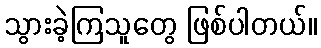
သွားခဲ့ကြသူတွေ ဖြစ်ပါတယ်။